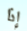
إذا